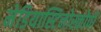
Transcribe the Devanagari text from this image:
मेडियास्टिनोस्कोपी